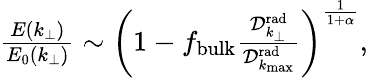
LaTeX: \begin{array}{r}{\frac{E(k_{\perp})}{E_{0}(k_{\perp})}\sim\left(1-f_{\mathrm{bulk}}\frac{{\mathcal D}_{k_{\perp}}^{\mathrm{rad}}}{{\mathcal D}_{k_{\operatorname*{max}}}^{\mathrm{rad}}}\right)^{\frac{1}{1+\alpha}},}\end{array}